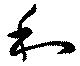
和